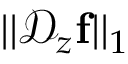
| | \mathcal { D } _ { z } \mathbf { f } | | _ { 1 }